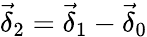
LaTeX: \vec{\delta}_{2}=\vec{\delta}_{1}-\vec{\delta}_{0}